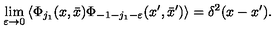
\lim _ { \varepsilon \rightarrow 0 } \left\langle \Phi _ { j _ { 1 } } ( x , \bar { x } ) \Phi _ { - 1 - j _ { 1 } - \varepsilon } ( x ^ { \prime } , \bar { x } ^ { \prime } ) \right\rangle = \delta ^ { 2 } ( x - x ^ { \prime } ) .